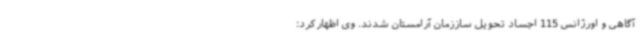
آگاهی و اورژانس 115 اجساد تحویل ساززمان آرامستان شدند. وی اظهارکرد: